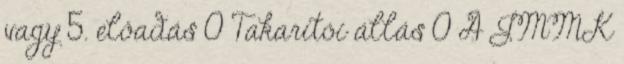
vagy 5. előadás 0 Takarítói állás 0 A JMMK